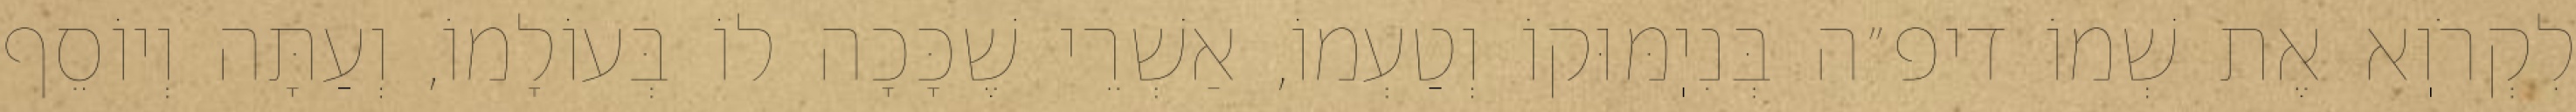
לִקְרֹוֽא אֶת שְׁמוֹ דיפ״ה בְּנִיֽמּוּקוֹ וְטַעְמוֹ, אַשְׁרֵי שֶׁכָּכָה לוֹ בְּעוֹלָמוֹ, וְעַתָּה וְיוֹסֵף